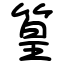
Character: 篁